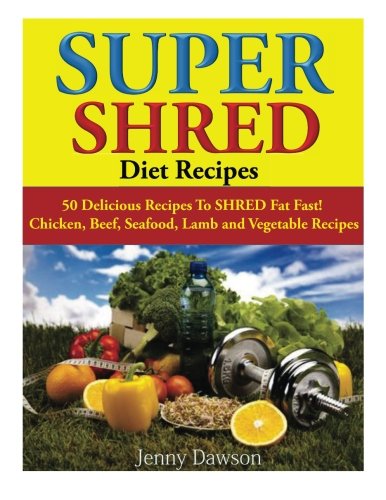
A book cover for Super Shred Diet Recipes: 50 Delicious Recipes To SHRED Fat Fast!  Chicken, Beef, Seafood, Lamb and Vegetable Recipes; Jenny Dawson; Cookbooks, Food & Wine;